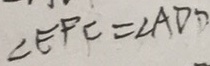
\angle E P C = \angle A D P